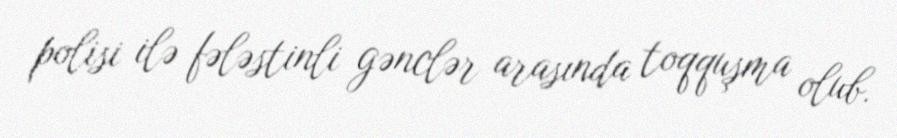
polisi ilə fələstinli gənclər arasında toqquşma olub.